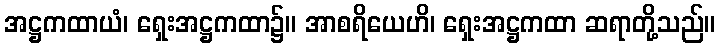
အဋ္ဌကထာယံ၊ ရှေးအဋ္ဌကထာ၌။ အာစရိယေဟိ၊ ရှေးအဋ္ဌကထာ ဆရာတို့သည်။